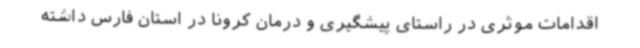
اقدامات موثری در راستای پیشگیری و درمان کرونا در استان فارس داشته